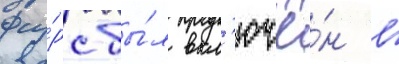
Фу́рс бы́л вкл'ючё́н в